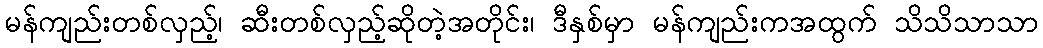
မန်ကျည်းတစ်လှည့်၊ ဆီးတစ်လှည့်ဆိုတဲ့အတိုင်း၊ ဒီနှစ်မှာ မန်ကျည်းကအထွက် သိသိသာသာ